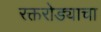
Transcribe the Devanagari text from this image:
रक्तरोड्याचा